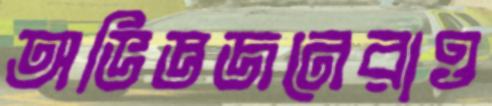
অভিজ্ঞজনেরাও